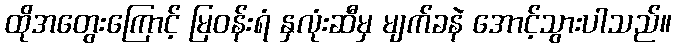
ထိုအတွေးကြောင့် မြဝန်းရံ နှလုံးဆီမှ မျက်ခနဲ အောင့်သွားပါသည်။